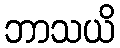
ဘာသယိ